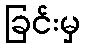
ခြင်းမှ